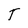
Character: T